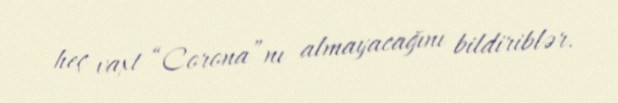
heç vaxt “Corona”nı almayacağını bildiriblər.